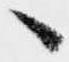
へ